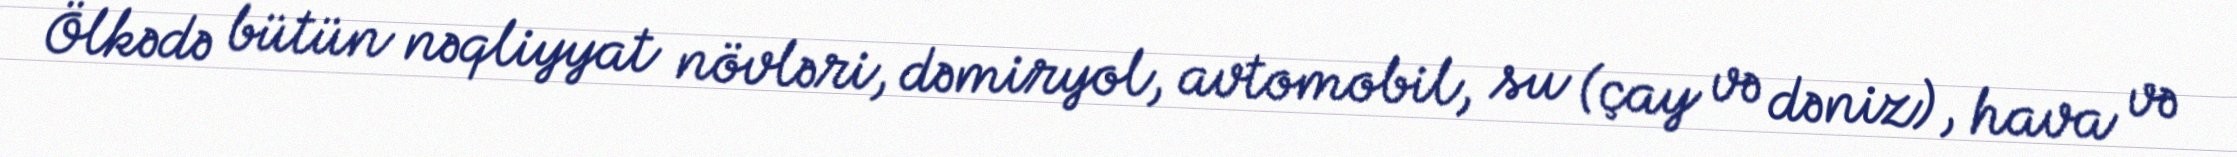
Ölkədə bütün nəqliyyat növləri, dəmiryol, avtomobil, su (çay və dəniz), hava və